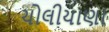
ચોલીયાણા